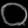
Digit: ၀